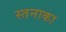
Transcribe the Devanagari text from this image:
स्तनाका